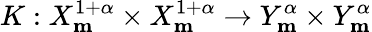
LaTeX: K:X_{\mathbf{m}}^{1+\alpha}\times X_{\mathbf{m}}^{1+\alpha}\rightarrow Y_{\mathbf{m}}^{\alpha}\times Y_{\mathbf{m}}^{\alpha}